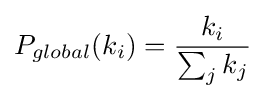
P_{global}(k_{i})={\frac {k_{i}}{\sum _{j}k_{j}}}